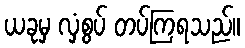
ယခုမှ လှံစွပ် တပ်ကြရသည်။